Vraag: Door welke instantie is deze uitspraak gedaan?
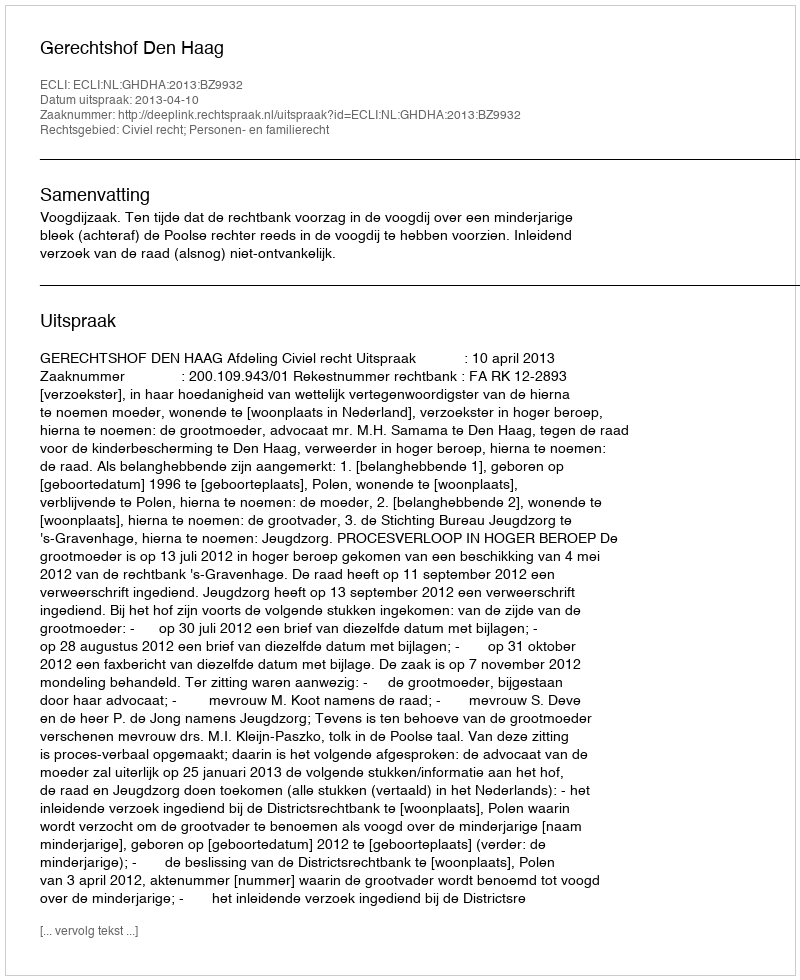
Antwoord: Gerechtshof Den Haag